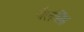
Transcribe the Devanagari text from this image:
जैलसिंह